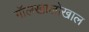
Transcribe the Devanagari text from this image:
गॉलखालोखाल